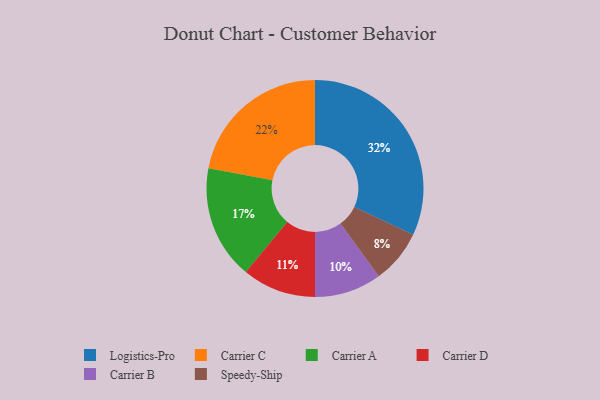
{"axis": {"x": "Category", "y": "Percentage"}, "legend": ["Carrier A", "Carrier B", "Carrier C", "Carrier D", "Logistics-Pro", "Speedy-Ship"], "data": [{"x": "Speedy-Ship", "y": 8, "type": "Speedy-Ship"}, {"x": "Carrier C", "y": 22, "type": "Carrier C"}, {"x": "Carrier A", "y": 17, "type": "Carrier A"}, {"x": "Logistics-Pro", "y": 32, "type": "Logistics-Pro"}, {"x": "Carrier D", "y": 11, "type": "Carrier D"}, {"x": "Carrier B", "y": 10, "type": "Carrier B"}]}